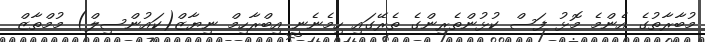
މުބާރާތުގެ އެންމެ މޮޅު ފަސް ކުޅުންތެރިންގެ ތެރޭގައި ހިމެނެނީ އިބްރާހިމް ނިޔާޒް(ކައުންސިލް) މުމްތާޒް